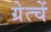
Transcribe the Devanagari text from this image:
ग्रेत्चें